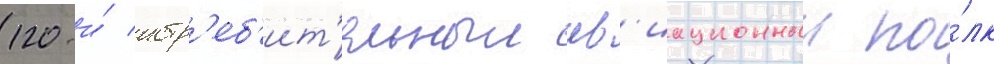
120-и́ истр'еб'ит'ельныи ав'иационныи по́лк